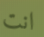
انت